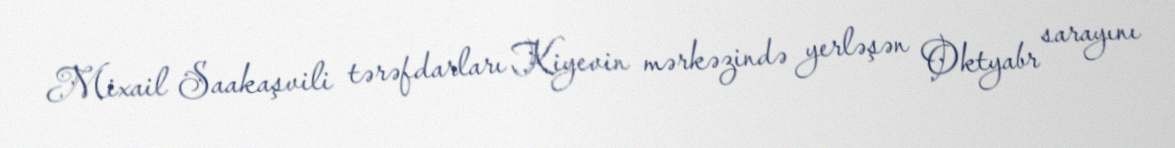
Mixail Saakaşvili tərəfdarları Kiyevin mərkəzində yerləşən Oktyabr sarayını